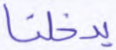
يدخلنا